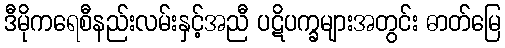
ဒီမိုကရေစီနည်းလမ်းနှင့်အညီ ပဋိပက္ခများအတွင်း ဓာတ်မြေ